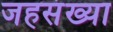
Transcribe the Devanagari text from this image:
जहसंख्या